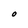
Character: O